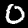
Label: 0